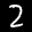
Label: 2